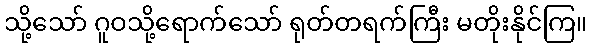
သို့သော် ဂူဝသို့ရောက်သော် ရုတ်တရက်ကြီး မတိုးနိုင်ကြ။